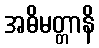
အဓိမတ္တာနိ